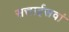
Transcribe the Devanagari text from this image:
सत्ताईसवां